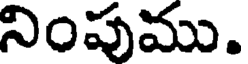
నింపుము.